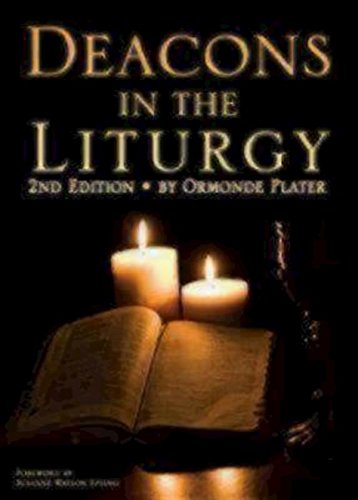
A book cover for Deacons in the Liturgy: 2nd Edition; Ormonde Plater; Christian Books & Bibles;